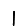
Digit: 1